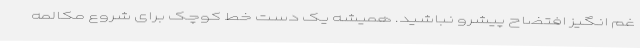
غم انگیز افتضاح پیشرو نباشید. همیشه یک دست خط کوچک برای شروع مکالمه